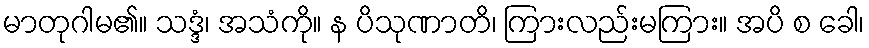
မာတုဂါမ၏။ သဒ္ဒံ၊ အသံကို။ န ပိသုဏာတိ၊ ကြားလည်းမကြား။ အပိ စ ခေါ၊